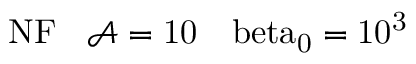
\mathrm { { N F } \: \: \: \: \mathcal { A } = 1 0 \: \: \: \ b e t a _ { 0 } = 1 0 ^ { 3 } }